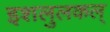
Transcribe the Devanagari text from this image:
इशलुलकल्